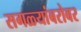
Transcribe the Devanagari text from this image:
सगळ्यांबरोबर